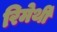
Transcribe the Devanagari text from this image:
रिमेर्थी